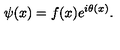
\psi ( x ) = f ( x ) e ^ { i \theta ( x ) } .